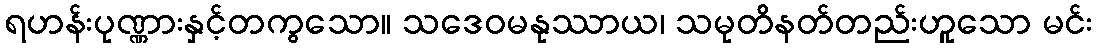
ရဟန်းပုဏ္ဏားနှင့်တကွသော။ သဒေဝမနုဿာယ၊ သမုတိနတ်တည်းဟူသော မင်း